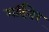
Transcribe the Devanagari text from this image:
गर्दिनेर